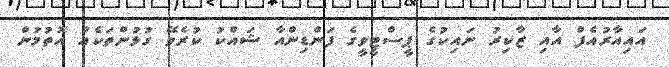
އައިއާރުއެފް އާއި ޒާކިރު ނައިކުގެ ޕީސްޓީވީގެ ފަންޑިންއާ ޝައްކު ކުރެވޭ ގުޅުންތަކެއް އޮތުމުން